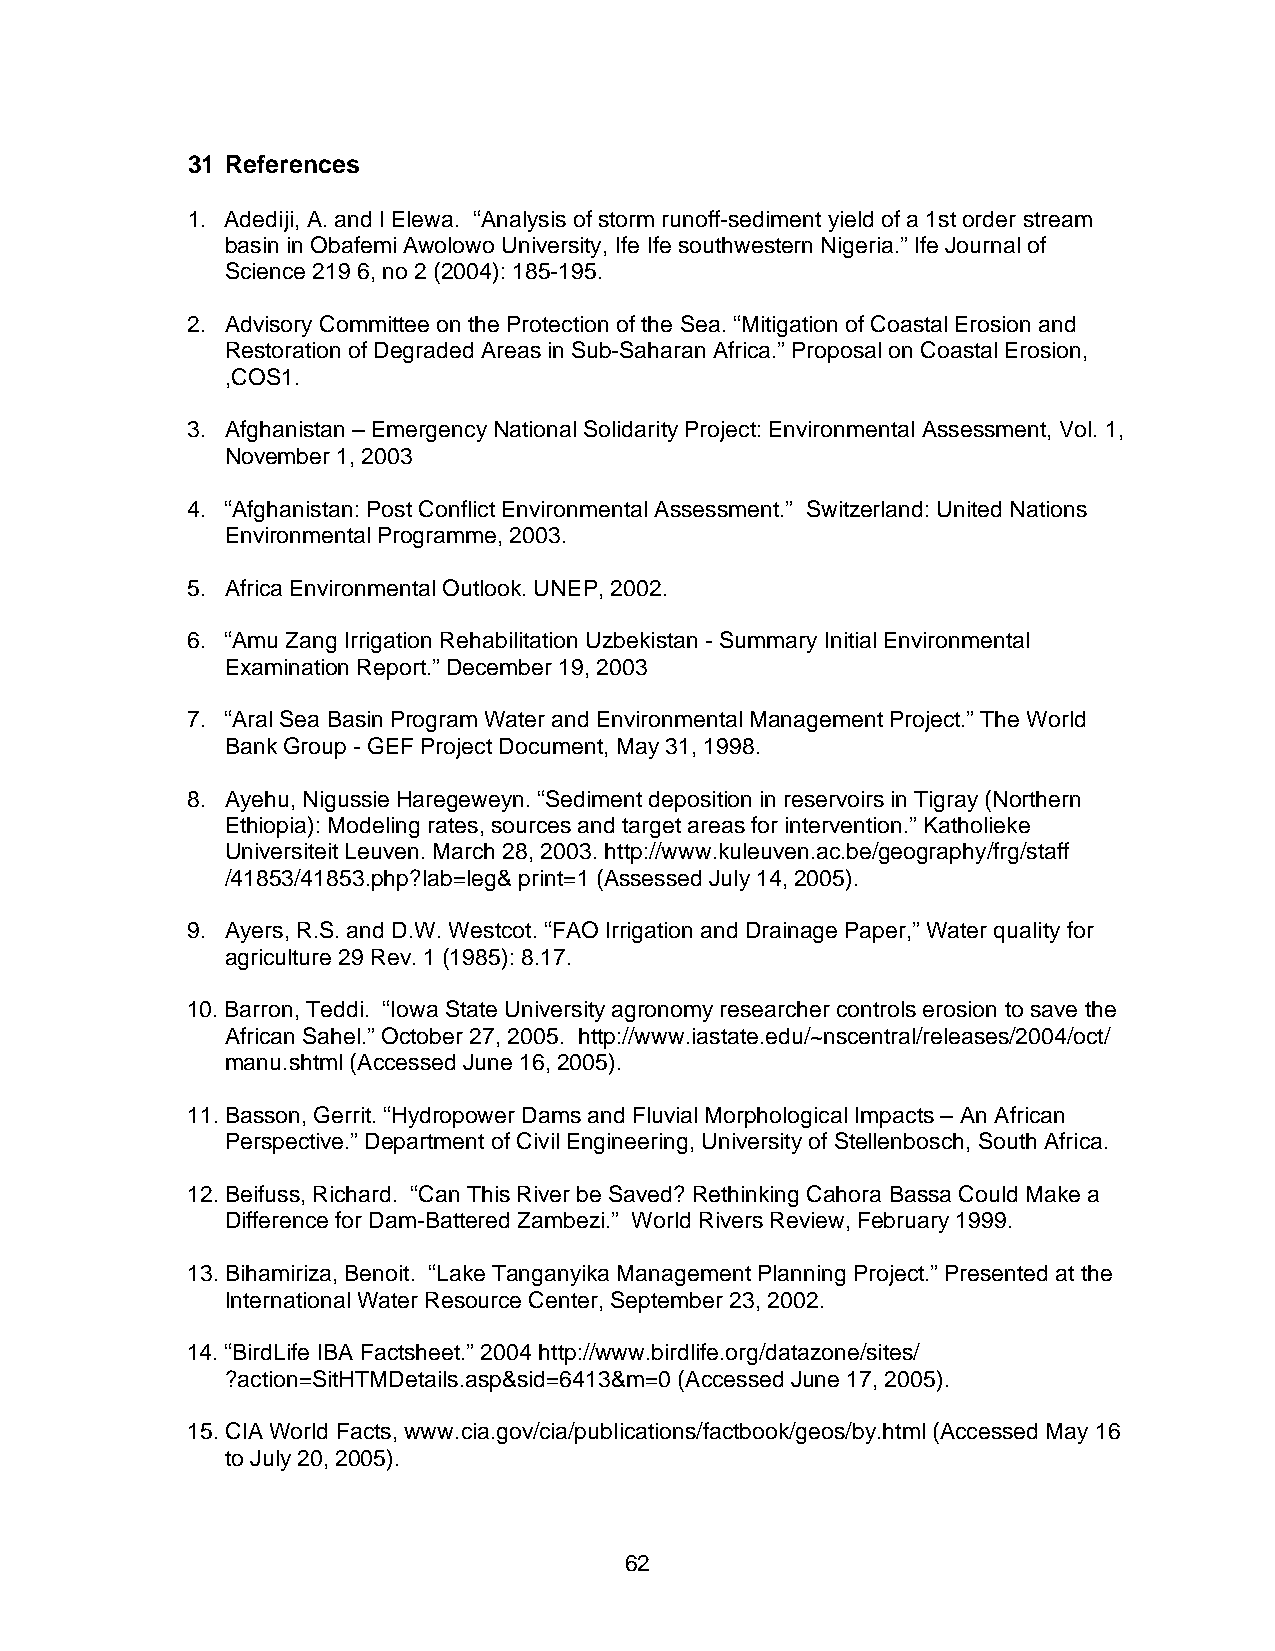
31 References
 1. Adediji, A. and I Elewa. “Analysis of storm runoff-sediment yield of a 1st order stream
 basin in Obafemi Awolowo University, Ife Ife southwestern Nigeria.” Ife Journal of
 Science 219 6, no 2 (2004): 185-195.
 2. Advisory Committee on the Protection of the Sea. “Mitigation of Coastal Erosion and
 Restoration of Degraded Areas in Sub-Saharan Africa.” Proposal on Coastal Erosion,
 ,COS1.
 3. Afghanistan – Emergency National Solidarity Project: Environmental Assessment, Vol. 1,
 November 1, 2003
 4. “Afghanistan: Post Conflict Environmental Assessment.” Switzerland: United Nations
 Environmental Programme, 2003.
 5. Africa Environmental Outlook. UNEP, 2002.
 6. “Amu Zang Irrigation Rehabilitation Uzbekistan - Summary Initial Environmental
 Examination Report.” December 19, 2003
 7. “Aral Sea Basin Program Water and Environmental Management Project.” The World
 Bank Group - GEF Project Document, May 31, 1998.
 8. Ayehu, Nigussie Haregeweyn. “Sediment deposition in reservoirs in Tigray (Northern
 Ethiopia): Modeling rates, sources and target areas for intervention.” Katholieke
 Universiteit Leuven. March 28, 2003. http://www.kuleuven.ac.be/geography/frg/staff
 /41853/41853.php?lab=leg& print=1 (Assessed July 14, 2005).
 9. Ayers, R.S. and D.W. Westcot. “FAO Irrigation and Drainage Paper,” Water quality for
 agriculture 29 Rev. 1 (1985): 8.17.
 10. Barron, Teddi. “Iowa State University agronomy researcher controls erosion to save the
 African Sahel.” October 27, 2005. http://www.iastate.edu/~nscentral/releases/2004/oct/
 manu.shtml (Accessed June 16, 2005).
 11. Basson, Gerrit. “Hydropower Dams and Fluvial Morphological Impacts – An African
 Perspective.” Department of Civil Engineering, University of Stellenbosch, South Africa.
 12. Beifuss, Richard. “Can This River be Saved? Rethinking Cahora Bassa Could Make a
 Difference for Dam-Battered Zambezi.” World Rivers Review, February 1999.
 13. Bihamiriza, Benoit. “Lake Tanganyika Management Planning Project.” Presented at the
 International Water Resource Center, September 23, 2002.
 14. “BirdLife IBA Factsheet.” 2004 http://www.birdlife.org/datazone/sites/
 ?action=SitHTMDetails.asp&sid=6413&m=0 (Accessed June 17, 2005).
 15. CIA World Facts, www.cia.gov/cia/publications/factbook/geos/by.html (Accessed May 16
 to July 20, 2005).
 62